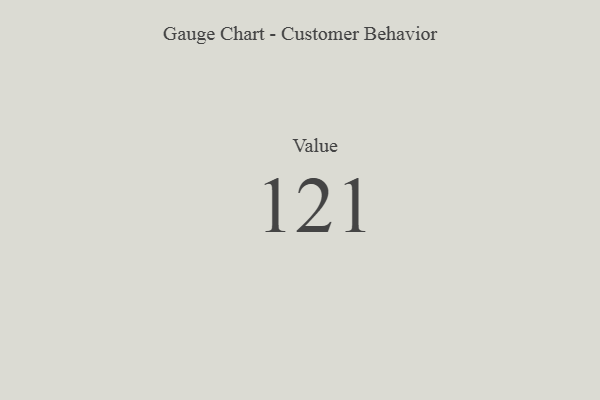
{"axis": {"x": "Metric", "y": "Value"}, "legend": [""], "data": [{"x": "Value", "y": 121, "type": ""}]}